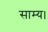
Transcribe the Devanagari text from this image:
साम्य।